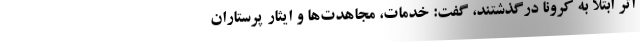
اثر ابتلا به کرونا درگذشتند، گفت: خدمات، مجاهدت‌ها و ایثار پرستاران